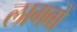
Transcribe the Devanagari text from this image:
लागबों